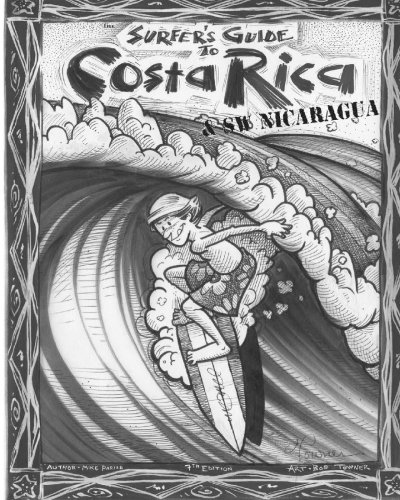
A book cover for The Surfer's Guide to Costa Rica & SW Nicaragua; Mike Parise; Sports & Outdoors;